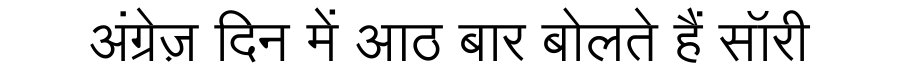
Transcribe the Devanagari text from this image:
अंग्रेज़ दिन में आठ बार बोलते हैं सॉरी